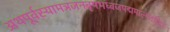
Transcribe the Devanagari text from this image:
अथपूर्वस्यामञजनबृषभध्वजपद्ममाल्यवद्गिरयः।